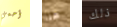
أحمي هنا ذلك